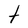
Character: t